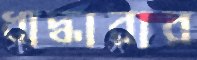
ধাদ্ধারার